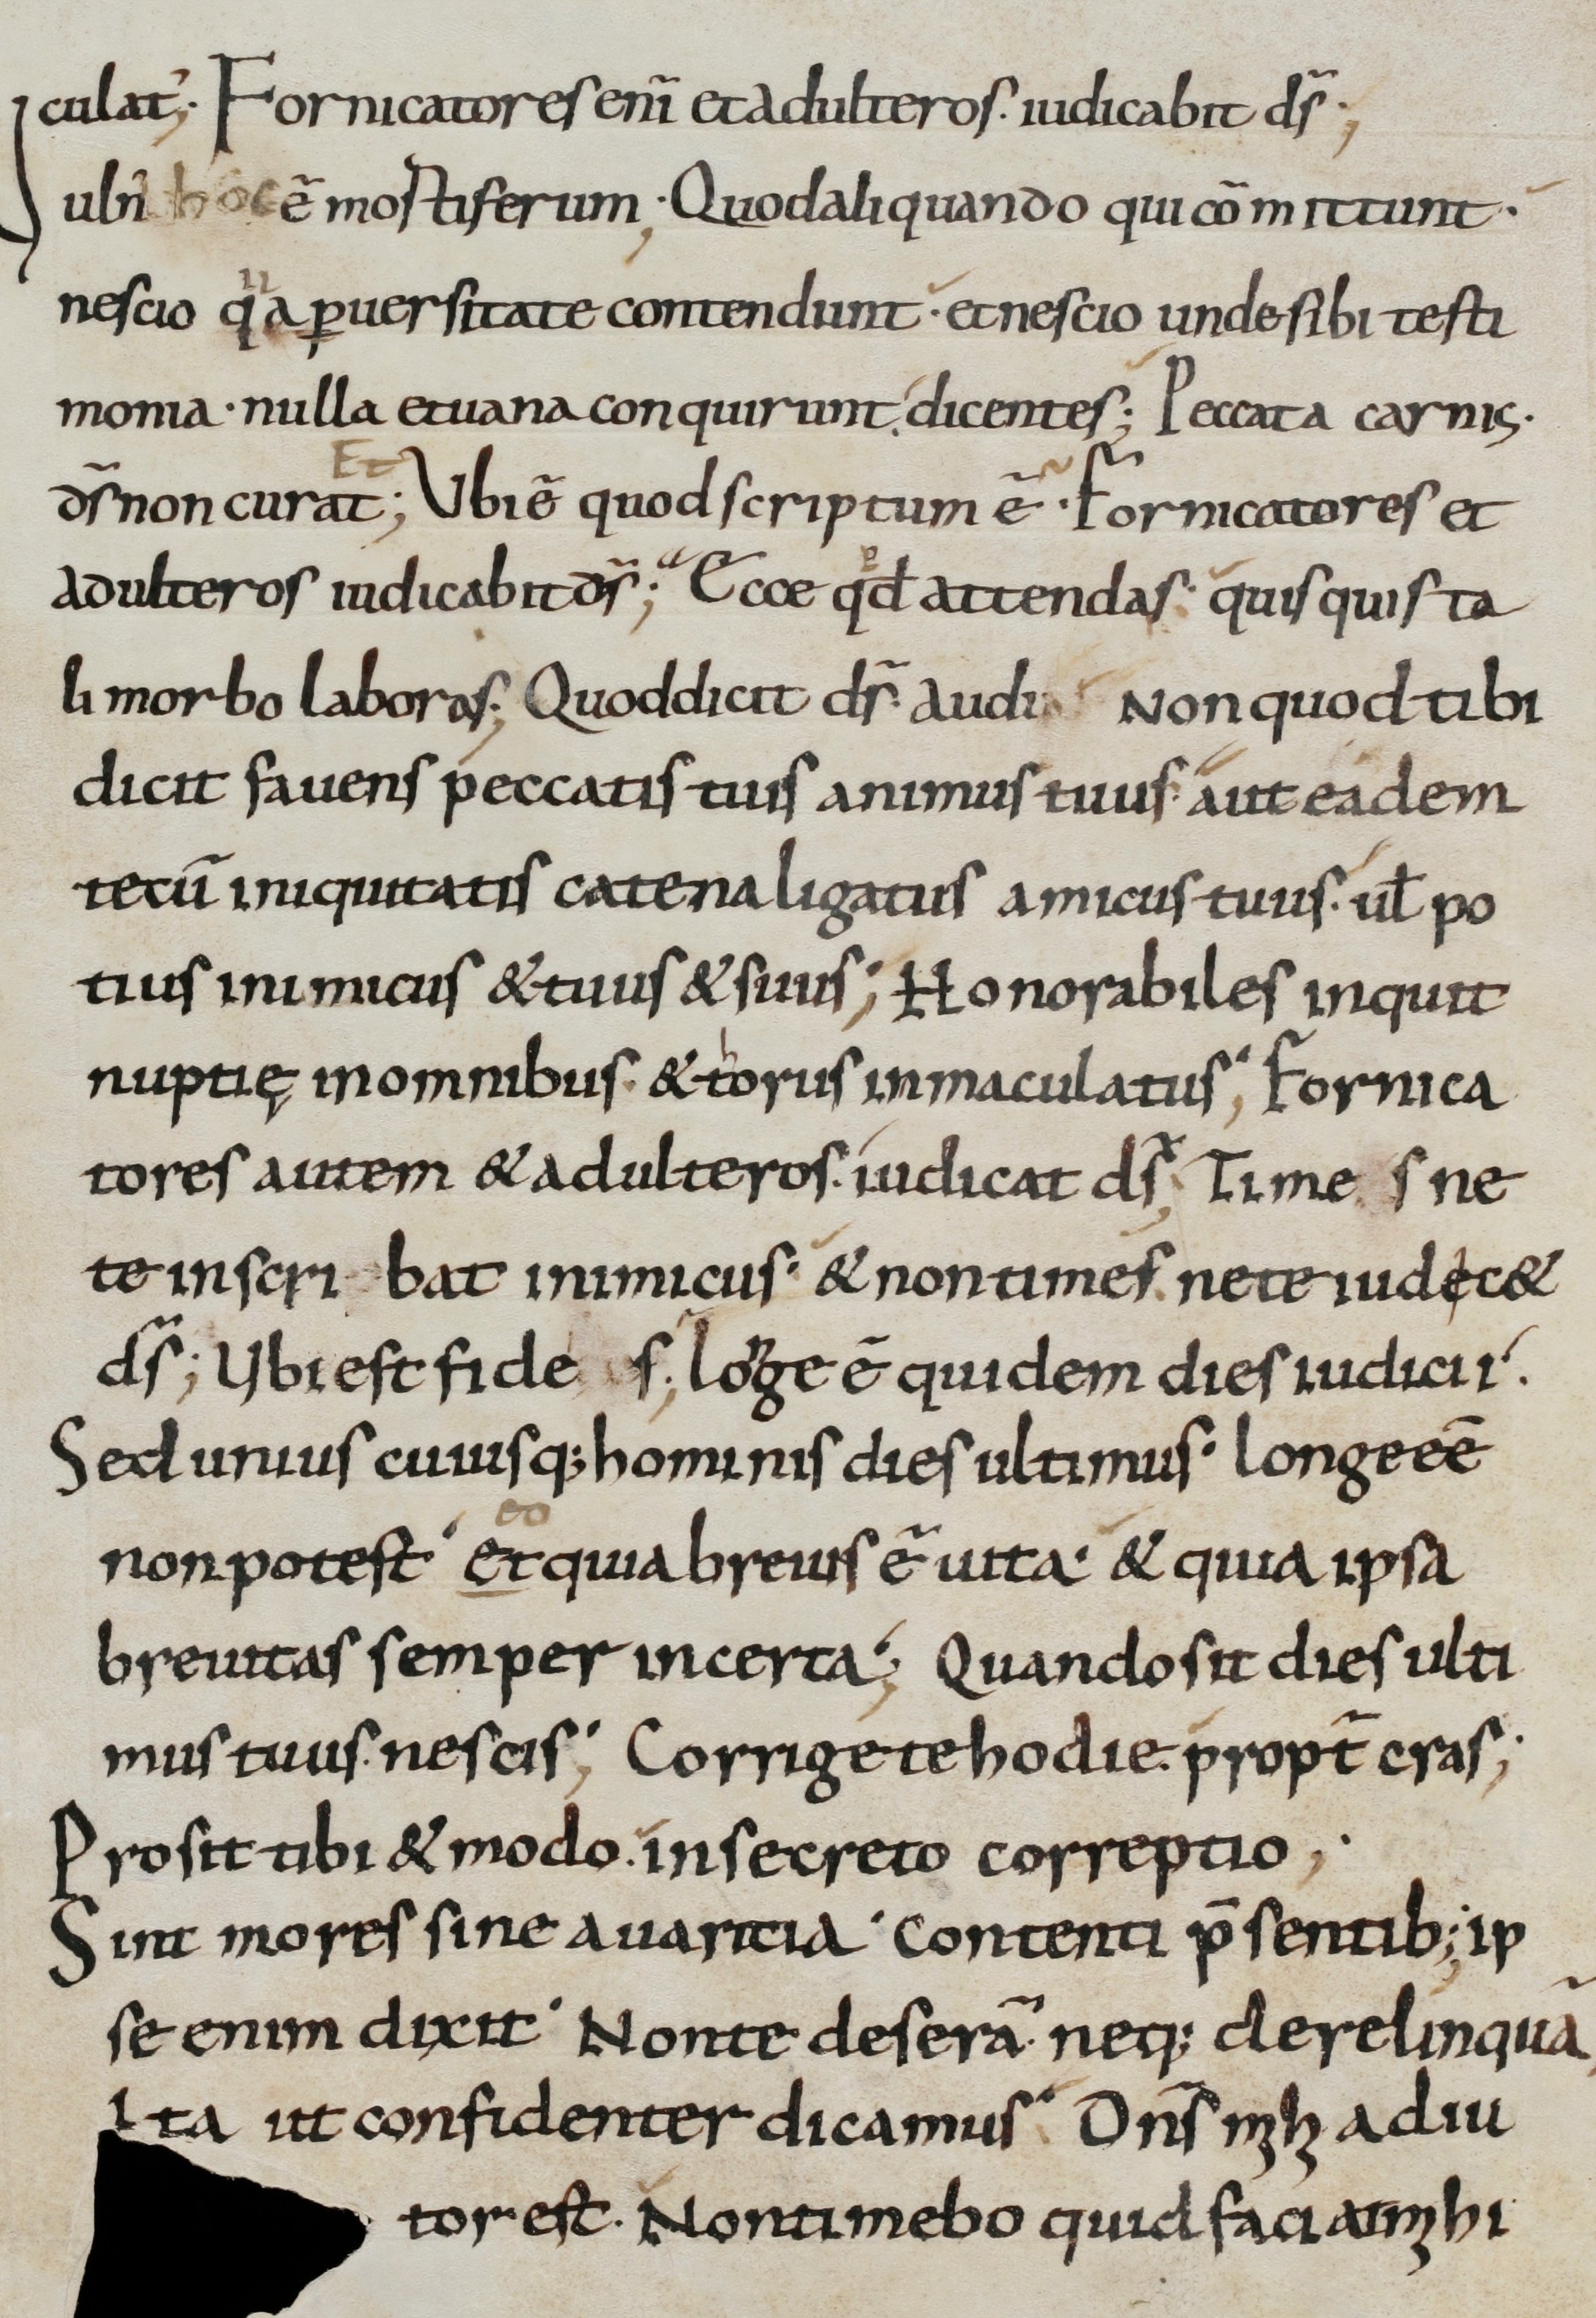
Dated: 800–899